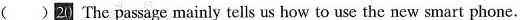
( )20 The passage mainly tells us how to use the new smart phone.